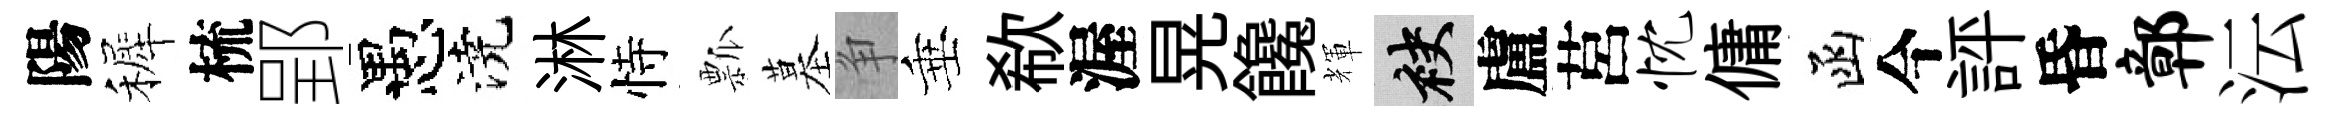
陽裤梳郢愚澆淋恃瓢墓争垂欷渥晃饞輝袂盧莒忱傭函今評昏鄣沄